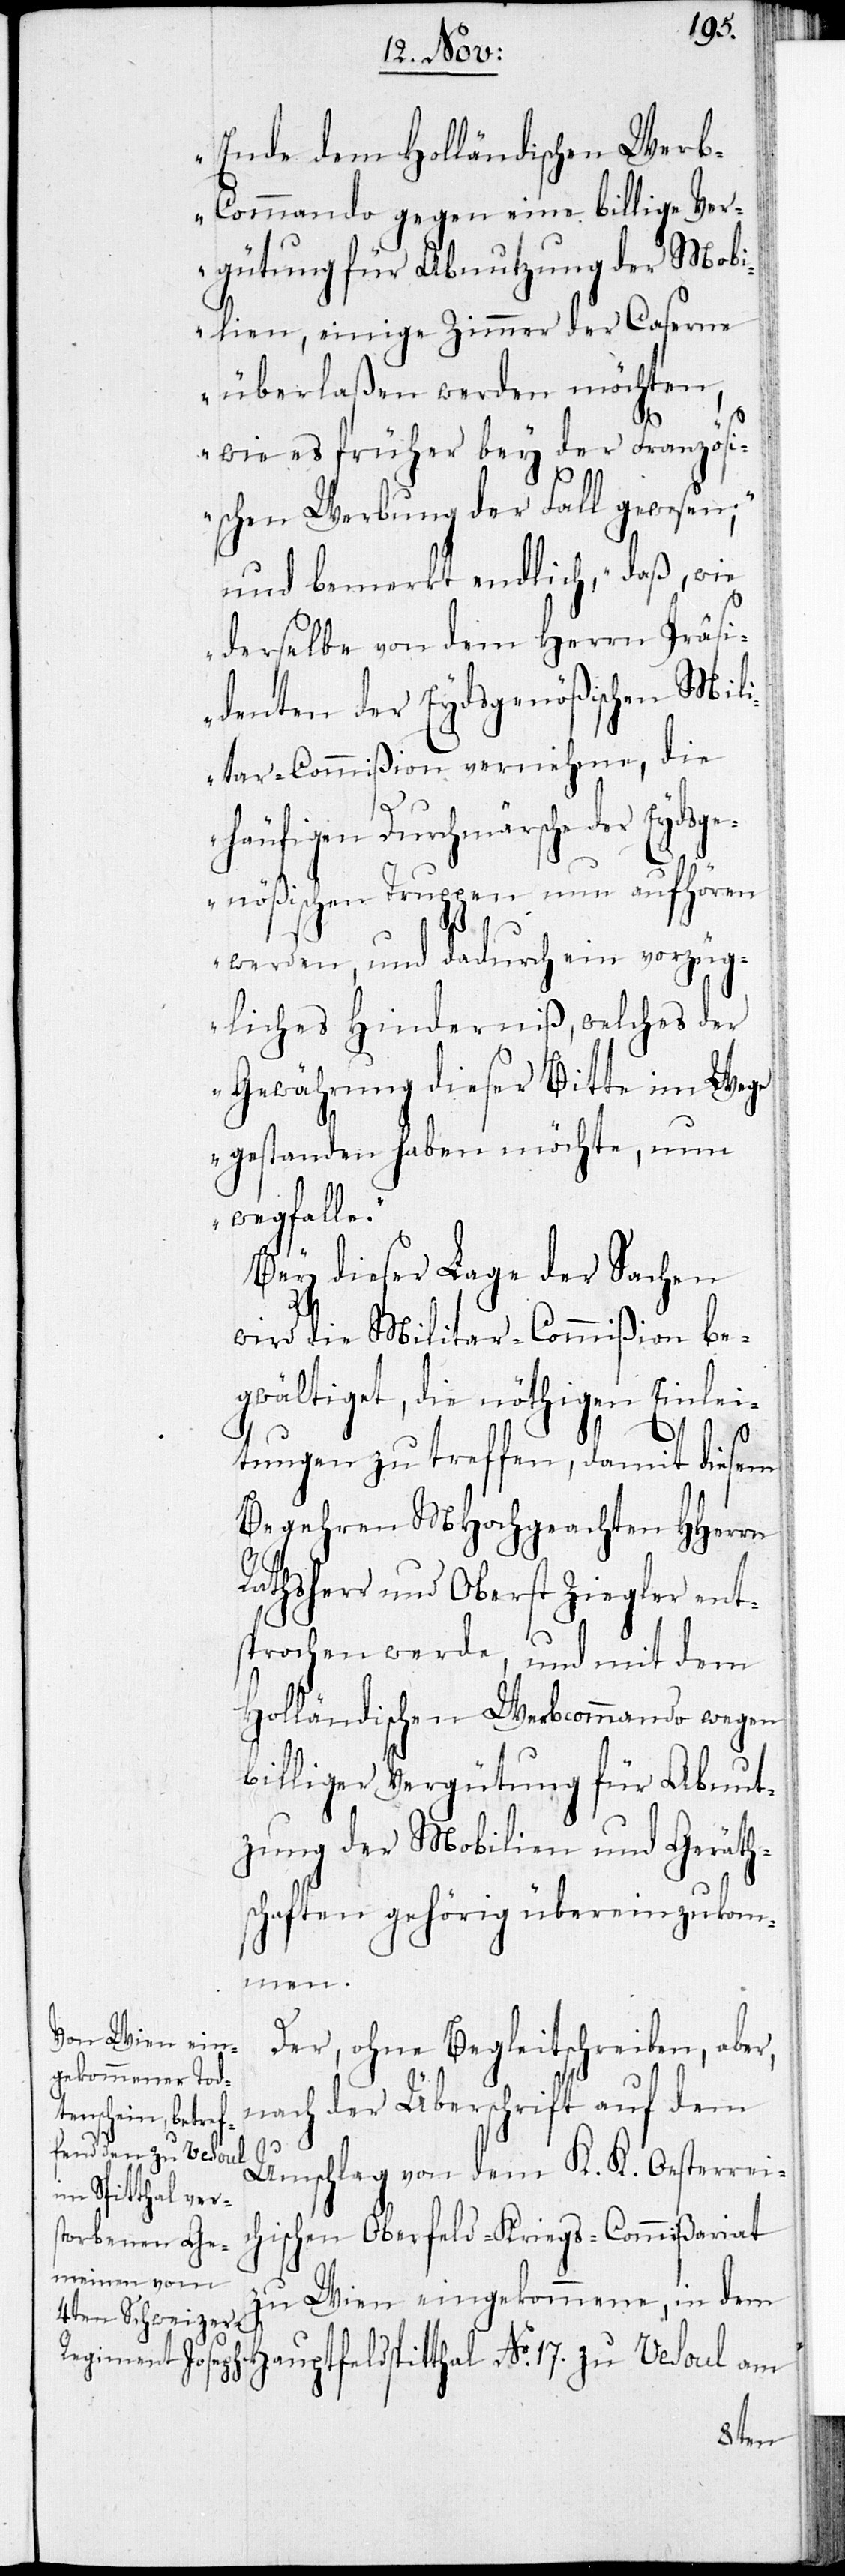
Ende dem Holländischen Wer¬
b-Commando gegen eine billige Ver¬
gütung für Abnutzung der Mobi¬
lien, einige Zimmer der Caserne
überlaßen werden möchten,
wie es früher bey der Französ¬
ischen Werbung der Fall gewesen;“
und bemerkt endlich, „daß, wie
derselbe von dem Herrn Präsi¬
denten der Eydsgenößischen Mili¬
tar-Commißion vernehme, die
häufigen Durchmärsche der Eydsge¬
nößischen Truppen nun aufhören
werden, und dadurch ein vorzüg¬
liches Hinderniß, welches der
Gewährung dieser Bitte im Weg¬
e gestanden haben möchte, nun
wegfalle.“
Bey dieser Lage der Sachen
wird die Militar-Commißion be¬
gwältiget, die nöthigen Einlei¬
tungen zu treffen, damit diesem
Begehren MHochgeachten HHerren
Rathsherr und Oberst Ziegler ent¬
sprochen werde, und mit dem
Holländischen Werbcommando wegen
billiger Vergütung für Abnut¬
zung der Mobilien und Geräth¬
schaften gehörig übereinzukom¬
men.
Der, ohne Begleitschreiben, aber,
nach der Überschrift auf dem
Umschlag von dem K. K. Oesterreic¬
hischen Oberfeld-Kriegs-Commißariat
zu Wien eingekommene, in d¬
em Hauptfeldspitthal No 17. zu Vesoul am